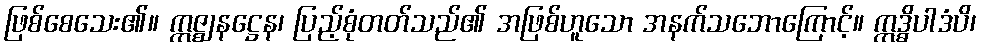
ဖြစ်စေသေး၏။ ဣဇ္ဈနဋ္ဌေန၊ ပြည့်စုံတတ်သည်၏ အဖြစ်ဟူသော အနက်သဘောကြောင့်။ ဣဒ္ဓိပါဒံပိ၊